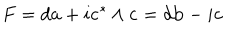
F = d { \bf a } + i { \bf c } ^ { * } \wedge { \bf c } = d { \bf b } - i { \bf c }